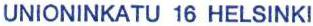
UNIONINKATU 16 HELSINKI